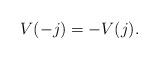
LaTeX: \begin{align*}V(-j) = -V(j).\end{align*}